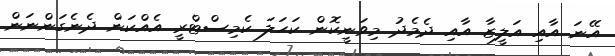
އޭނަ އާއި އަލީޒާ އާއި ދެމެދު މިވަނީކޮން ކަހަލަ ކެމިސްޓްރީ އެއްކަން ދެނެގަންނަން